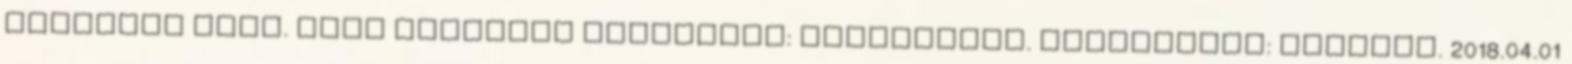
Egyszerű téma. Téma képeinek készítője: GelatoPlus. Üzemeltető: Blogger. 2018.04.01